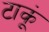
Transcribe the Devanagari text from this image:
टाकूं